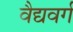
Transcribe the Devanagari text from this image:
वैद्यवर्ग